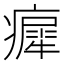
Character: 𤺳